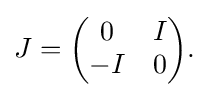
\displaystyle {J={\begin{pmatrix}0&I\\-I&0\end{pmatrix}}.}